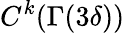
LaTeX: C^{k}(\Gamma(3\delta))